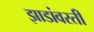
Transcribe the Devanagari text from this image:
झाडांवरती